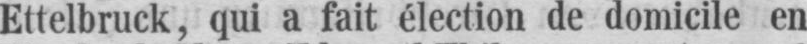
Ettelbruck, qui a fait élection de domicile en